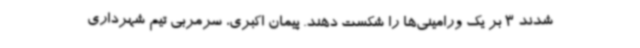
شدند 3 بر یک ورامینی‌ها را شکست دهند. پیمان اکبری، سرمربی تیم شهرداری